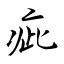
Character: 疵